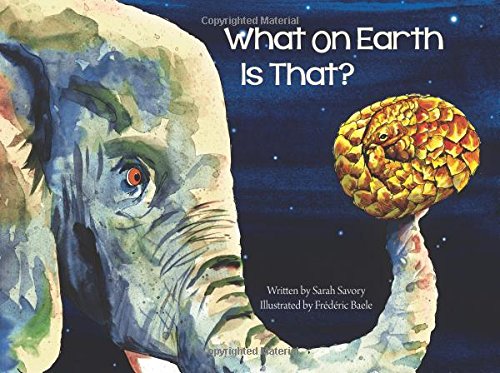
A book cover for What On Earth Is That?; Sarah Savory; Children's Books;